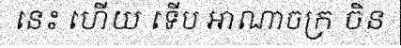
នេះ ហើយ ទើប អាណាចក្រ ចិន